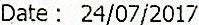
DATE : 24/07/2017